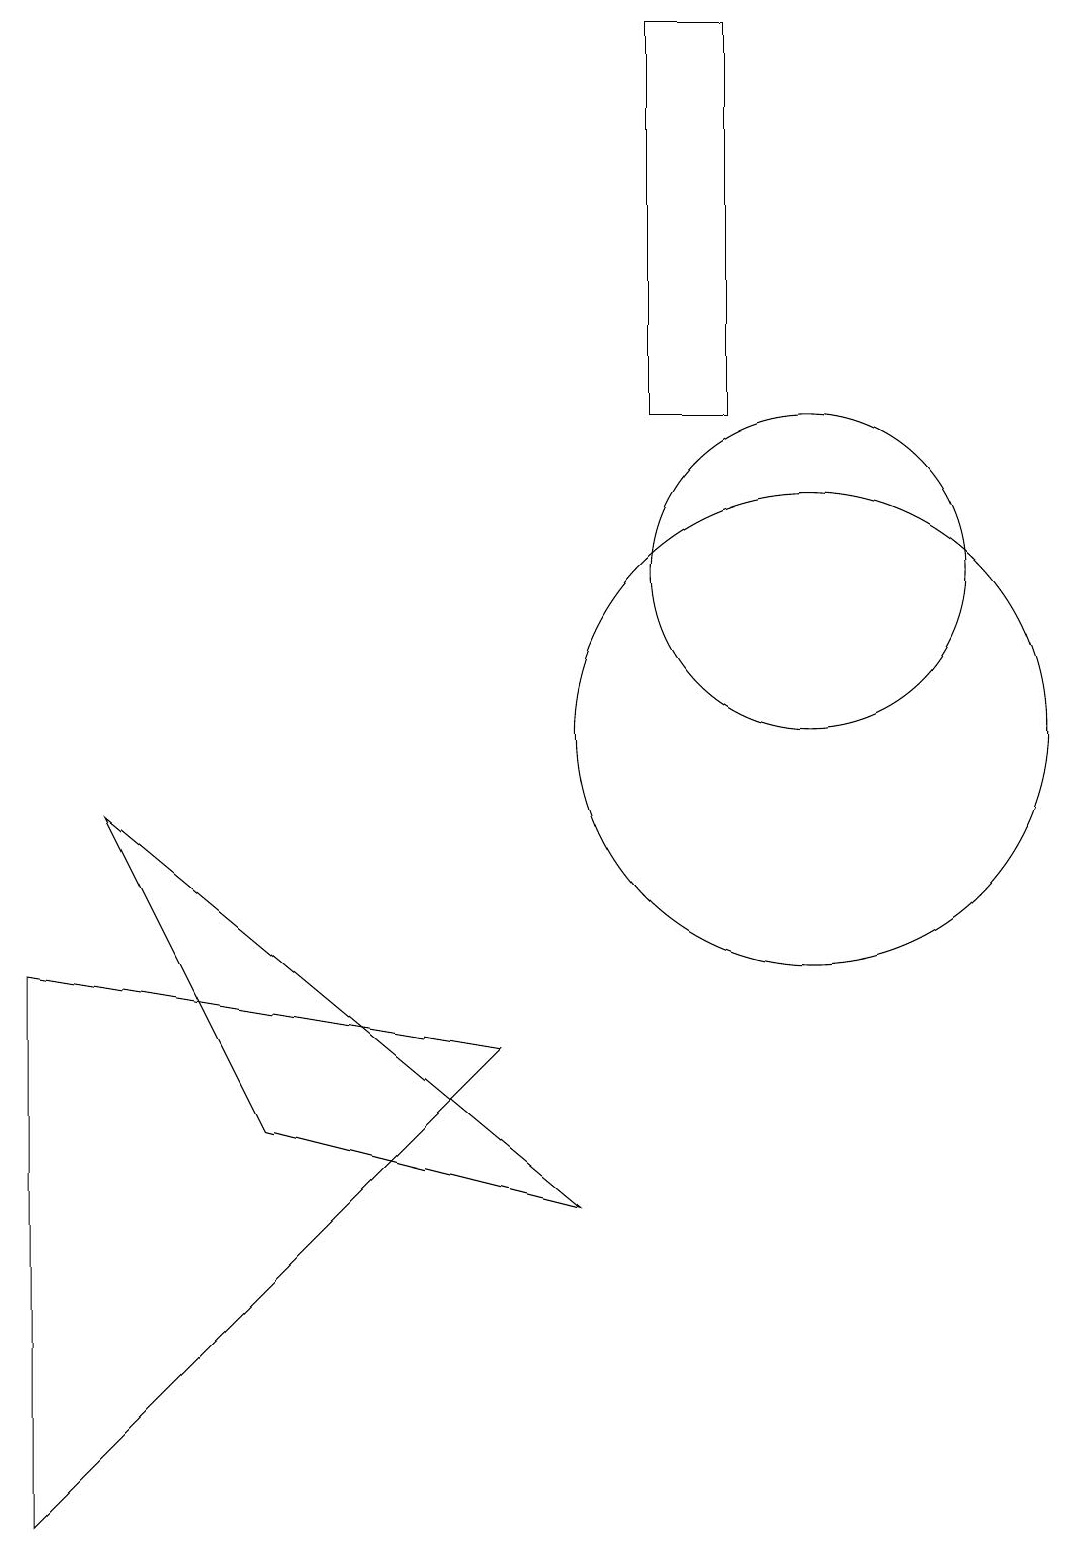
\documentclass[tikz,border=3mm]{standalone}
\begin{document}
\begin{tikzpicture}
\draw (0,7) -- (0,0) -- (6,6) -- cycle;
\draw (1,9) -- (3,5) -- (7,4) -- cycle;
\draw (10,10) circle (3);
\draw (8,14) rectangle (9,19);
\draw (10,12) circle (2);
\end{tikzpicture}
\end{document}